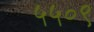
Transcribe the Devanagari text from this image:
५५०९